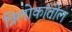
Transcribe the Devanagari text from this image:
त्रिलोकांतील